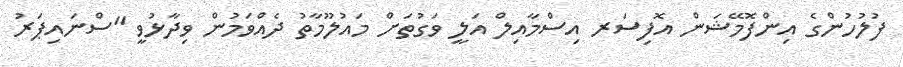
ފުލުހުންގެ އިންފޮމޭޝަން އޮފިސަރ އިސްމާއިލް އަލީ ވަގުތަށް މައުލޫމާތު ދެއްވަމުން ވިދާޅުވީ "ސްނައިޕަރު